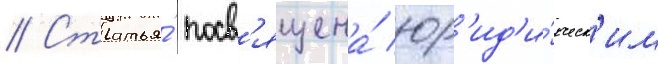
// Статья́ посв'ящена́ юр'ид'и́ческ'им